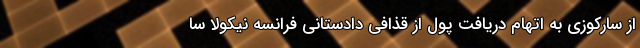
از سارکوزی به اتهام دریافت پول از قذافی دادستانی فرانسه نیکولا سا